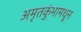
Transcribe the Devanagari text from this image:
अमृतकुंभामधून